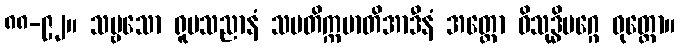
၈၈-၉၂။ သဗ္ဗသော ရူပသညာနံ သမတိက္ကမာတိအာဒီနံ အတ္ထော ဝိသုဒ္ဓိမဂ္ဂေ ဝုတ္တော။